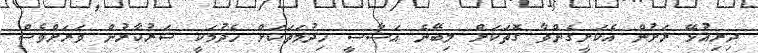
ދިރިއުޅޭ ރަށުން އެކަށީގެންވާ ގޮތަކަށް ލިބޭނެ އަސާސީ ހިދުމަތަކަށް ހެދުމަކީ ސަރުކާރުން ވަރަށްވެސް